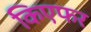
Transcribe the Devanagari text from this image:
किएफर